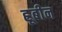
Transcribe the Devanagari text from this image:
ह्रूबीन